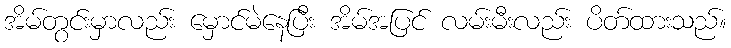
အိမ်တွင်းမှာလည်း မှောင်မဲနေပြီး အိမ်အပြင် လမ်းမီးလည်း ပိတ်ထားသည်။